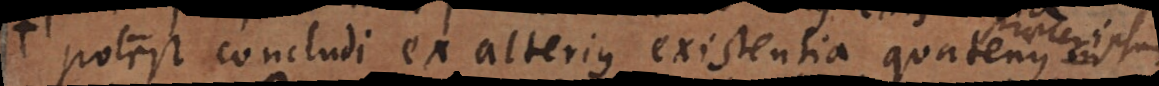
potest concludi ex alterius existentia quatenus